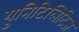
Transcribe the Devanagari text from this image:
युनिटिलिटिज